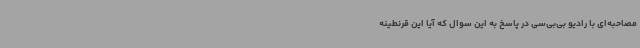
مصاحبه‌ای با رادیو بی‌بی‌سی در پاسخ به این سوال که آیا این قرنطینه